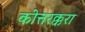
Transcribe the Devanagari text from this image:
कोत्तरक्करा